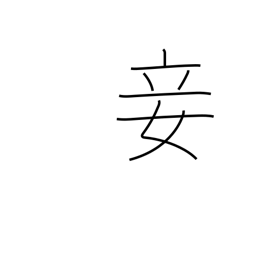
Meaning: concubine